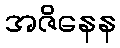
အဇိနေန